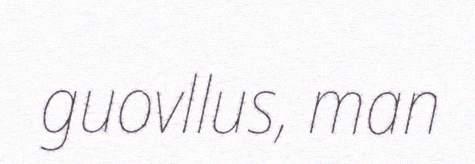
guovllus, man